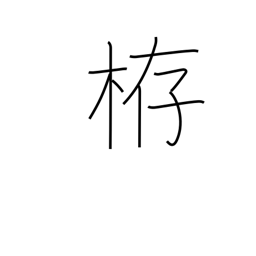
Meaning: weir